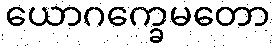
ယောဂက္ခေမတော